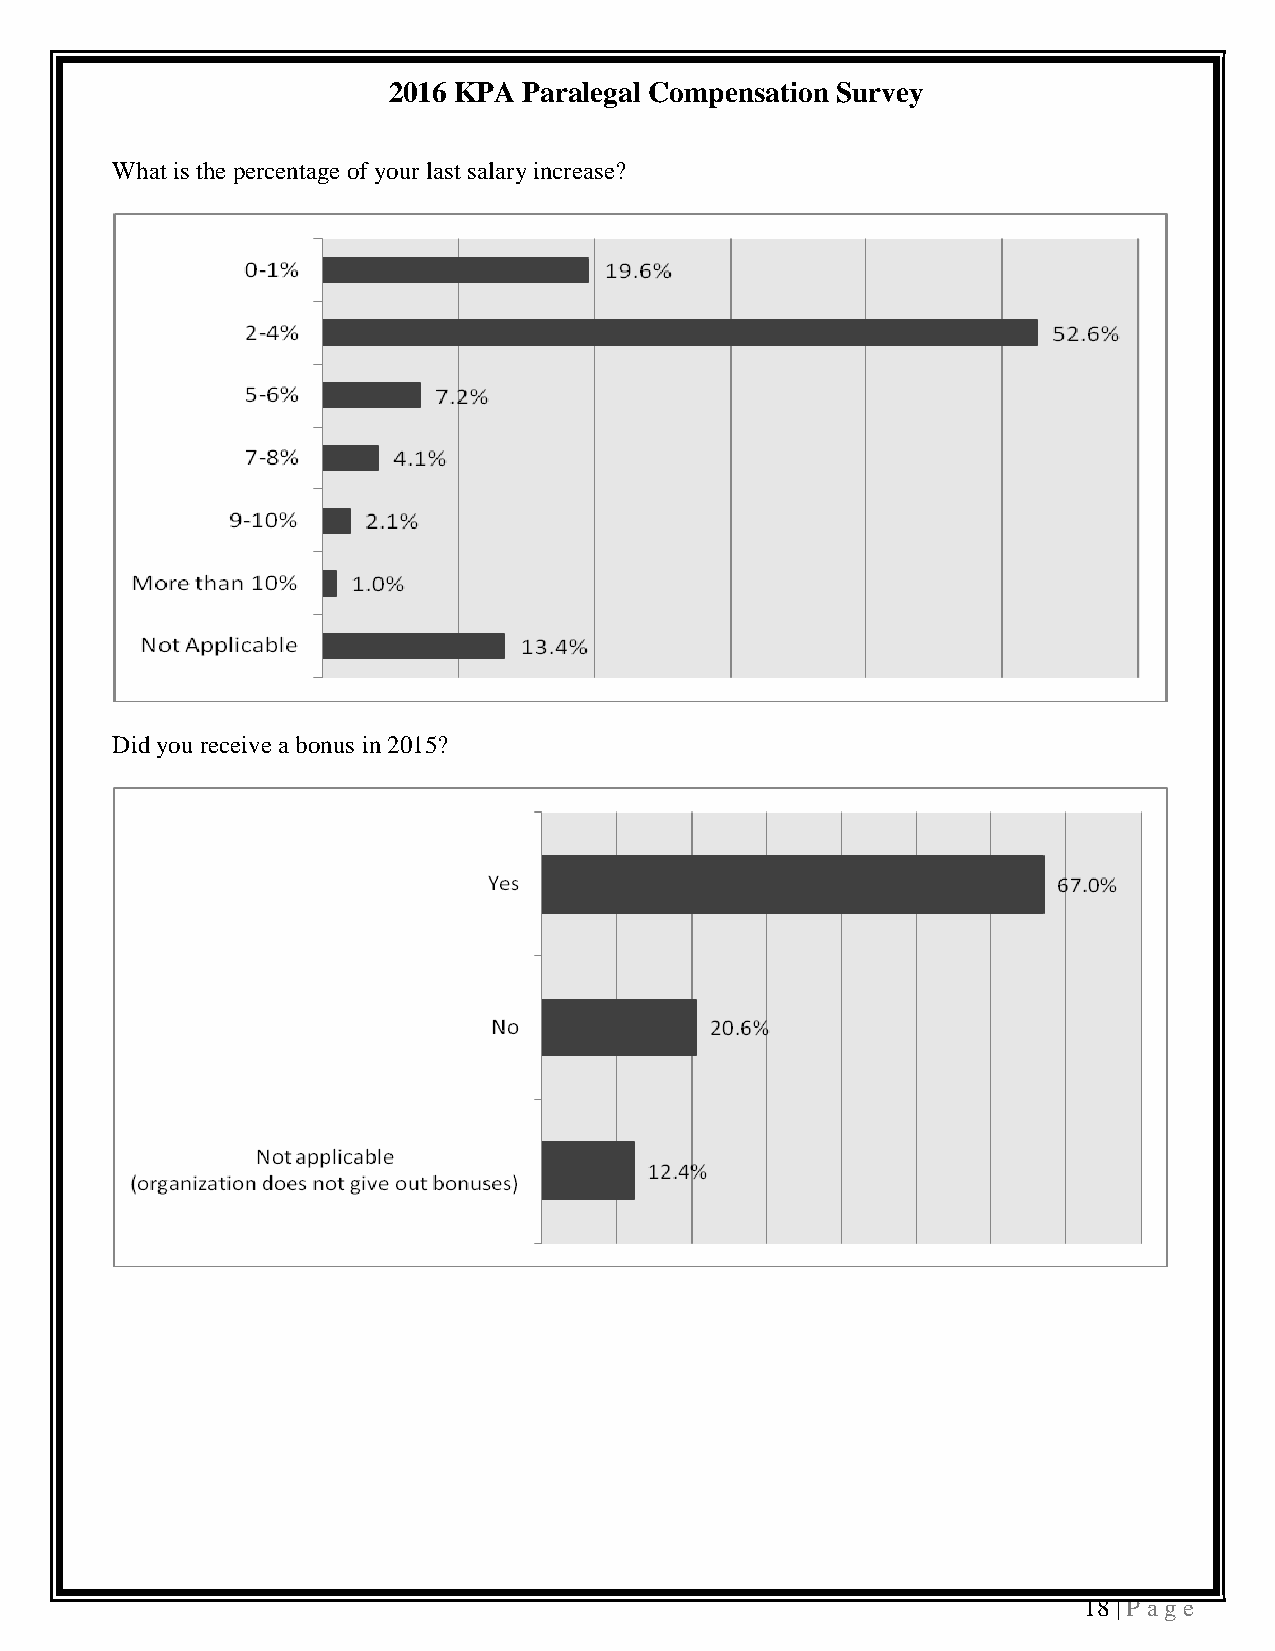
2016 KPA Paralegal Compensation Survey
 What is the percentage of your last salary increase?
 Did you receive a bonus in 2015?
 18 | P a ge